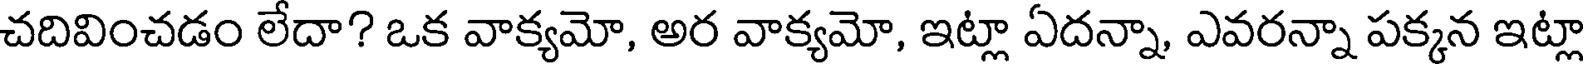
చదివించడం లేదా? ఒక వాక్యమో, అర వాక్యమో, ఇట్లా ఏదన్నా, ఎవరన్నా పక్కన ఇట్లా